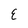
Character: E